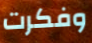
وفكرت